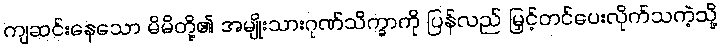
ကျဆင်းနေသော မိမိတို့၏ အမျိုးသားဂုဏ်သိက္ခာကို ပြန်လည် မြှင့်တင်ပေးလိုက်သကဲ့သို့